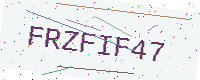
Text: FRZFIF47